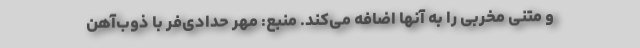
و متنی مخربی را به آنها اضافه می‌کند. منبع: مهر حدادی‌فر با ذوب‌آهن